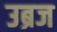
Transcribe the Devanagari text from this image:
उब्रज